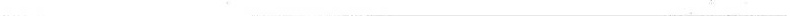
___